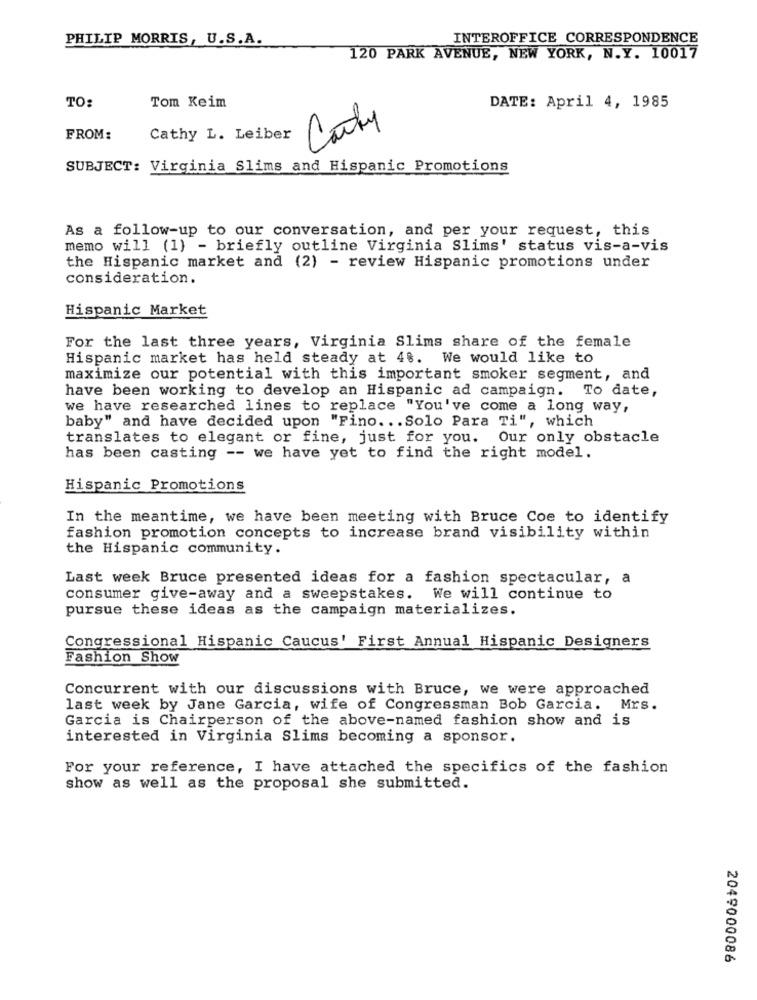
PHILIP MORRIS, U.S.A.
INTEROFFICE CORRESPONDENCE
120 PARK AVENUE, NEW YORK, N.Y. 10017
TO:
Tom Keim
DATE: April 4, 1985
Cauty
FROM:
Cathy L. Leiber
SUBJECT: Virginia Slims and Hispanic Promotions
As a follow-up to our conversation, and per your request, this
memo will (1) - briefly outline Virginia Slims' status vis-a-vis
the Hispanic market and (2) - review Hispanic promotions under
consideration.
Hispanic Market
For the last three years, Virginia Slims share of the female
Hispanic market has held steady at 4%. We would like to
maximize our potential with this important smoker segment, and
have been working to develop an Hispanic ad campaign. To date,
we have researched lines to replace "You've come a long way,
baby" and have decided upon "Fino. .. Solo Para Ti", which
translates to elegant or fine, just for you. Our only obstacle
has been casting -- we have yet to find the right model.
Hispanic Promotions
In the meantime, we have been meeting with Bruce Coe to identify
fashion promotion concepts to increase brand visibility within
the Hispanic community.
Last week Bruce presented ideas for a fashion spectacular, a
consumer give-away and a sweepstakes. We will continue to
pursue these ideas as the campaign materializes.
Congressional Hispanic Caucus' First Annual Hispanic Designers
Fashion Show
Concurrent with our discussions with Bruce, we were approached
last week by Jane Garcia, wife of Congressman Bob Garcia. Mrs.
Garcia is Chairperson of the above-named fashion show and is
interested in Virginia Slims becoming a sponsor.
For your reference, I have attached the specifics of the fashion
show as well as the proposal she submitted.
2049000086